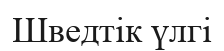
Шведтік үлгі